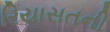
રિયાસતની